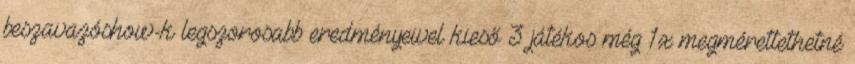
beszavazóshow-k legszorosabb eredményeivel kieső 3 játékos még 1x megmérettethetné